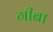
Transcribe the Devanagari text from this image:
गीबा